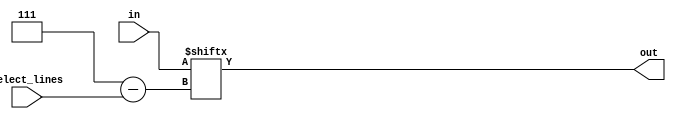
module mux_8to1(input [0:7] in, 
               input [2:0] select_lines,
               output out);
   assign out = in[select_lines];
endmodule